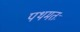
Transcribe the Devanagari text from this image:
पथमतः